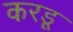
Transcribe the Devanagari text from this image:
करडू